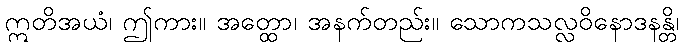
ဣတိအယံ၊ ဤကား။ အတ္ထော၊ အနက်တည်း။ သောကသလ္လဝိနောဒနန္တိ၊